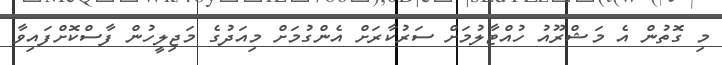
މި ގޮތުން އެ މަޝްރޫއު ހުއްޓާލުމަށް ސަރުކާރަށް އެންގުމަށް މިއަދުގެ މަޖިލީހުން ފާސްކޮށްފައިވާ